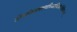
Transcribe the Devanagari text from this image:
शौनकोहंप्रवक्ष्यामिअस्थिक्षेपविधिंक्रमात्